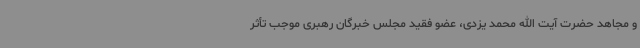
و مجاهد حضرت آیت الله محمد یزدی، عضو فقید مجلس خبرگان رهبری موجب تأثر